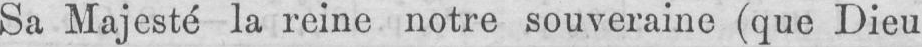
Sa Majesté la reine notre souveraine (que Dieu